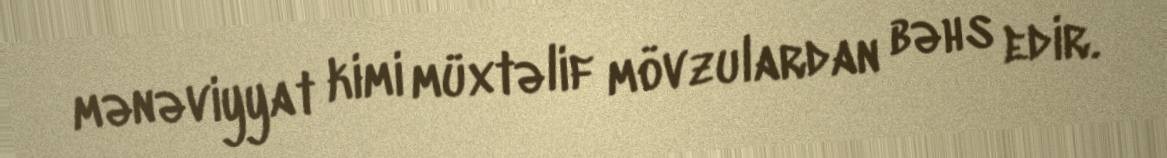
mənəviyyat kimi müxtəlif mövzulardan bəhs edir.